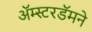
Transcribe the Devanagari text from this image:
अॅम्स्टरडॅमने